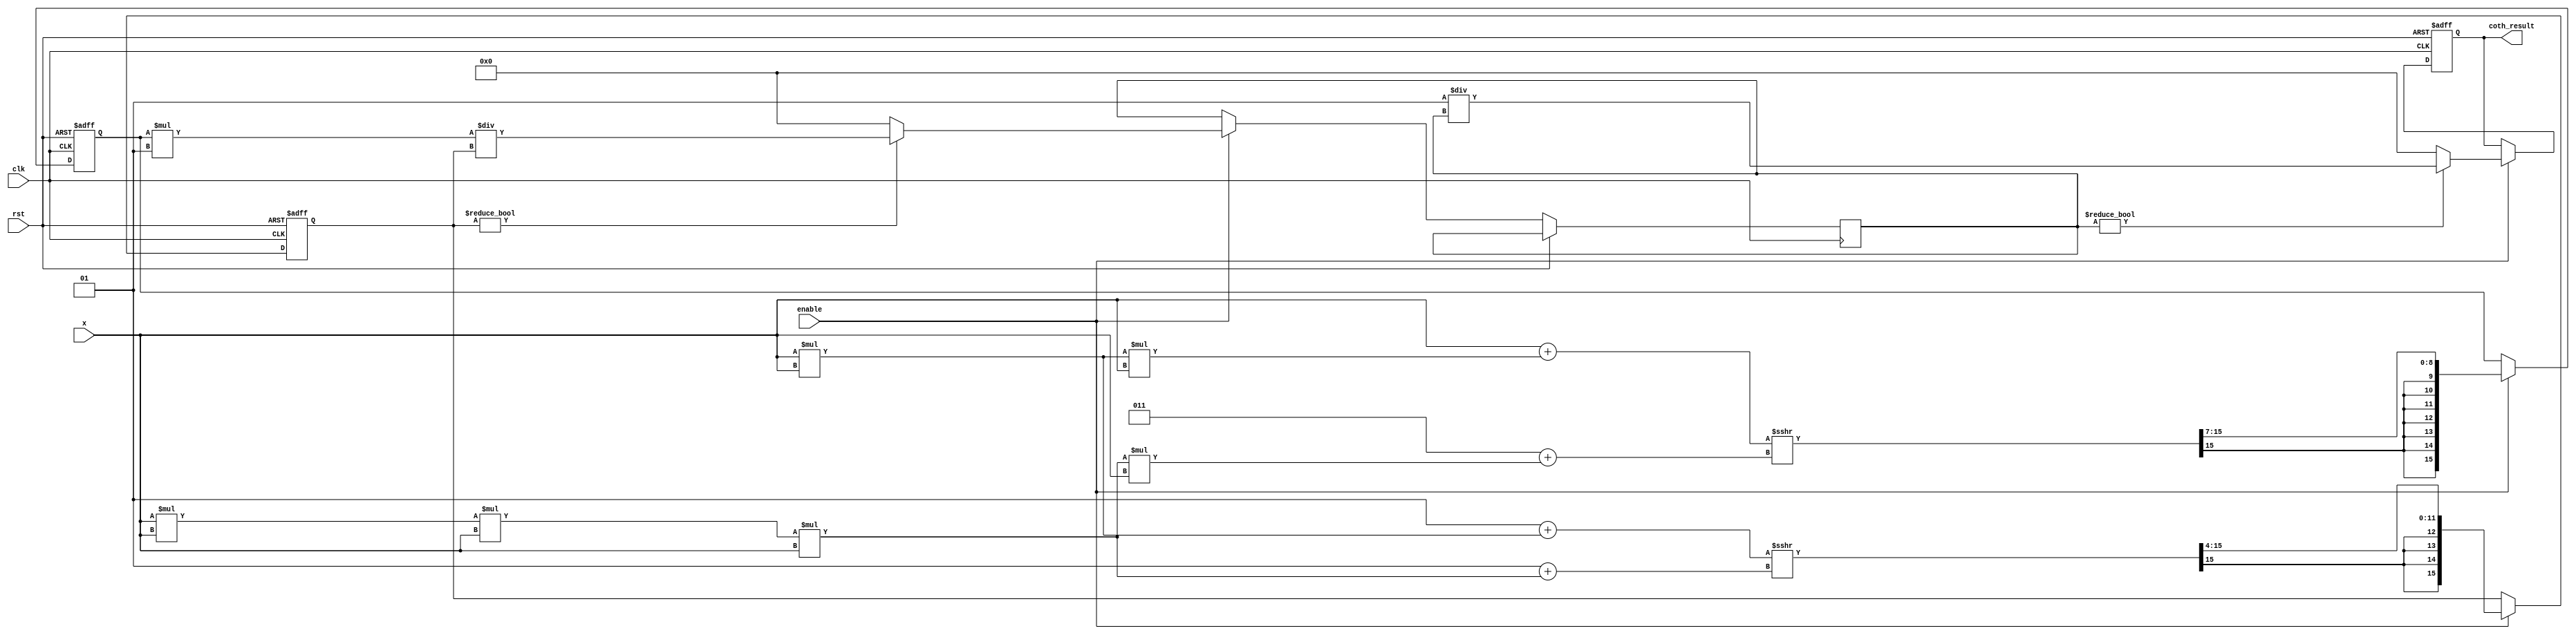
module hyperbolic_cotangent #(
    parameter WIDTH = 16, // Bit width for fixed-point representation
    parameter FRAC_WIDTH = 8 // Fractional bits for fixed-point representation
)(
    input wire clk,
    input wire rst,
    input wire enable,
    input wire signed [WIDTH-1:0] x, // Input in fixed-point format
    output reg signed [WIDTH-1:0] coth_result // Output in fixed-point format
);

    // Internal signals for sinh and cosh
    reg signed [WIDTH-1:0] sinh_x;
    reg signed [WIDTH-1:0] cosh_x;
    reg signed [WIDTH-1:0] tanh_x;

    // Taylor series coefficients for sinh and cosh
    localparam signed [WIDTH-1:0] C1 = 16'h0001; // 1
    localparam signed [WIDTH-1:0] C2 = 16'h0001; // x
    localparam signed [WIDTH-1:0] C3 = 16'h0002; // x^3 / 6
    localparam signed [WIDTH-1:0] C4 = 16'h0006; // x^5 / 120

    // Compute sinh(x) using Taylor series
    always @(posedge clk or posedge rst) begin
        if (rst) begin
            sinh_x <= 0;
            cosh_x <= 0;
            coth_result <= 0;
        end else if (enable) begin
            // sinh(x) = x + x^3 / 6 + x^5 / 120
            sinh_x <= x + (x * x * x) >>> 3 + (x * x * x * x * x) >>> 7; // Shift for fixed-point division

            // cosh(x) = 1 + x^2 / 2 + x^4 / 24
            cosh_x <= C1 + (x * x) >>> 1 + (x * x * x * x) >>> 4; // Shift for fixed-point division

            // Compute tanh(x) = sinh(x) / cosh(x)
            // Avoid division by zero
            if (cosh_x != 0) begin
                tanh_x <= (sinh_x * C1) / cosh_x; // Fixed-point division
            end else begin
                tanh_x <= 0; // Handle division by zero case
            end

            // Compute coth(x) = 1 / tanh(x)
            if (tanh_x != 0) begin
                coth_result <= (C1 * C1) / tanh_x; // Fixed-point division
            end else begin
                coth_result <= 0; // Handle undefined case
            end
        end
    end

endmodule